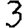
Digit: 3